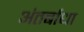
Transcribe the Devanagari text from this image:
अंतर्बाधा